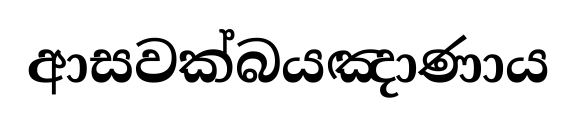
ආසවක්බයඤාණාය